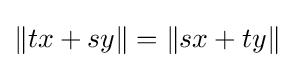
{\textstyle \|tx+sy\|=\|sx+ty\|}